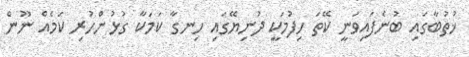
ޚުތުބާގައި ބުނެފައިވަނީ ކޭތަ ހިފުމަކީ ދުނިޔޭގައި ހިނގާ ކަމަކާ ގުޅުންހުރި ކަމެއް ނޫން